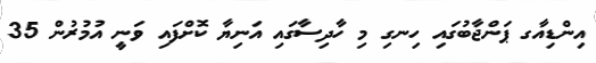
އިންޑިއާގ ޕަންޖާބުގައި ހިނގި މި ހާދިސާގައި އަނިޔާ ކޮށްފައި ވަނީ އުމުރުން 35